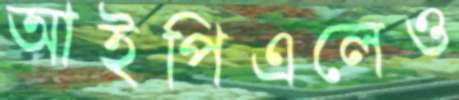
আইপিএলেও